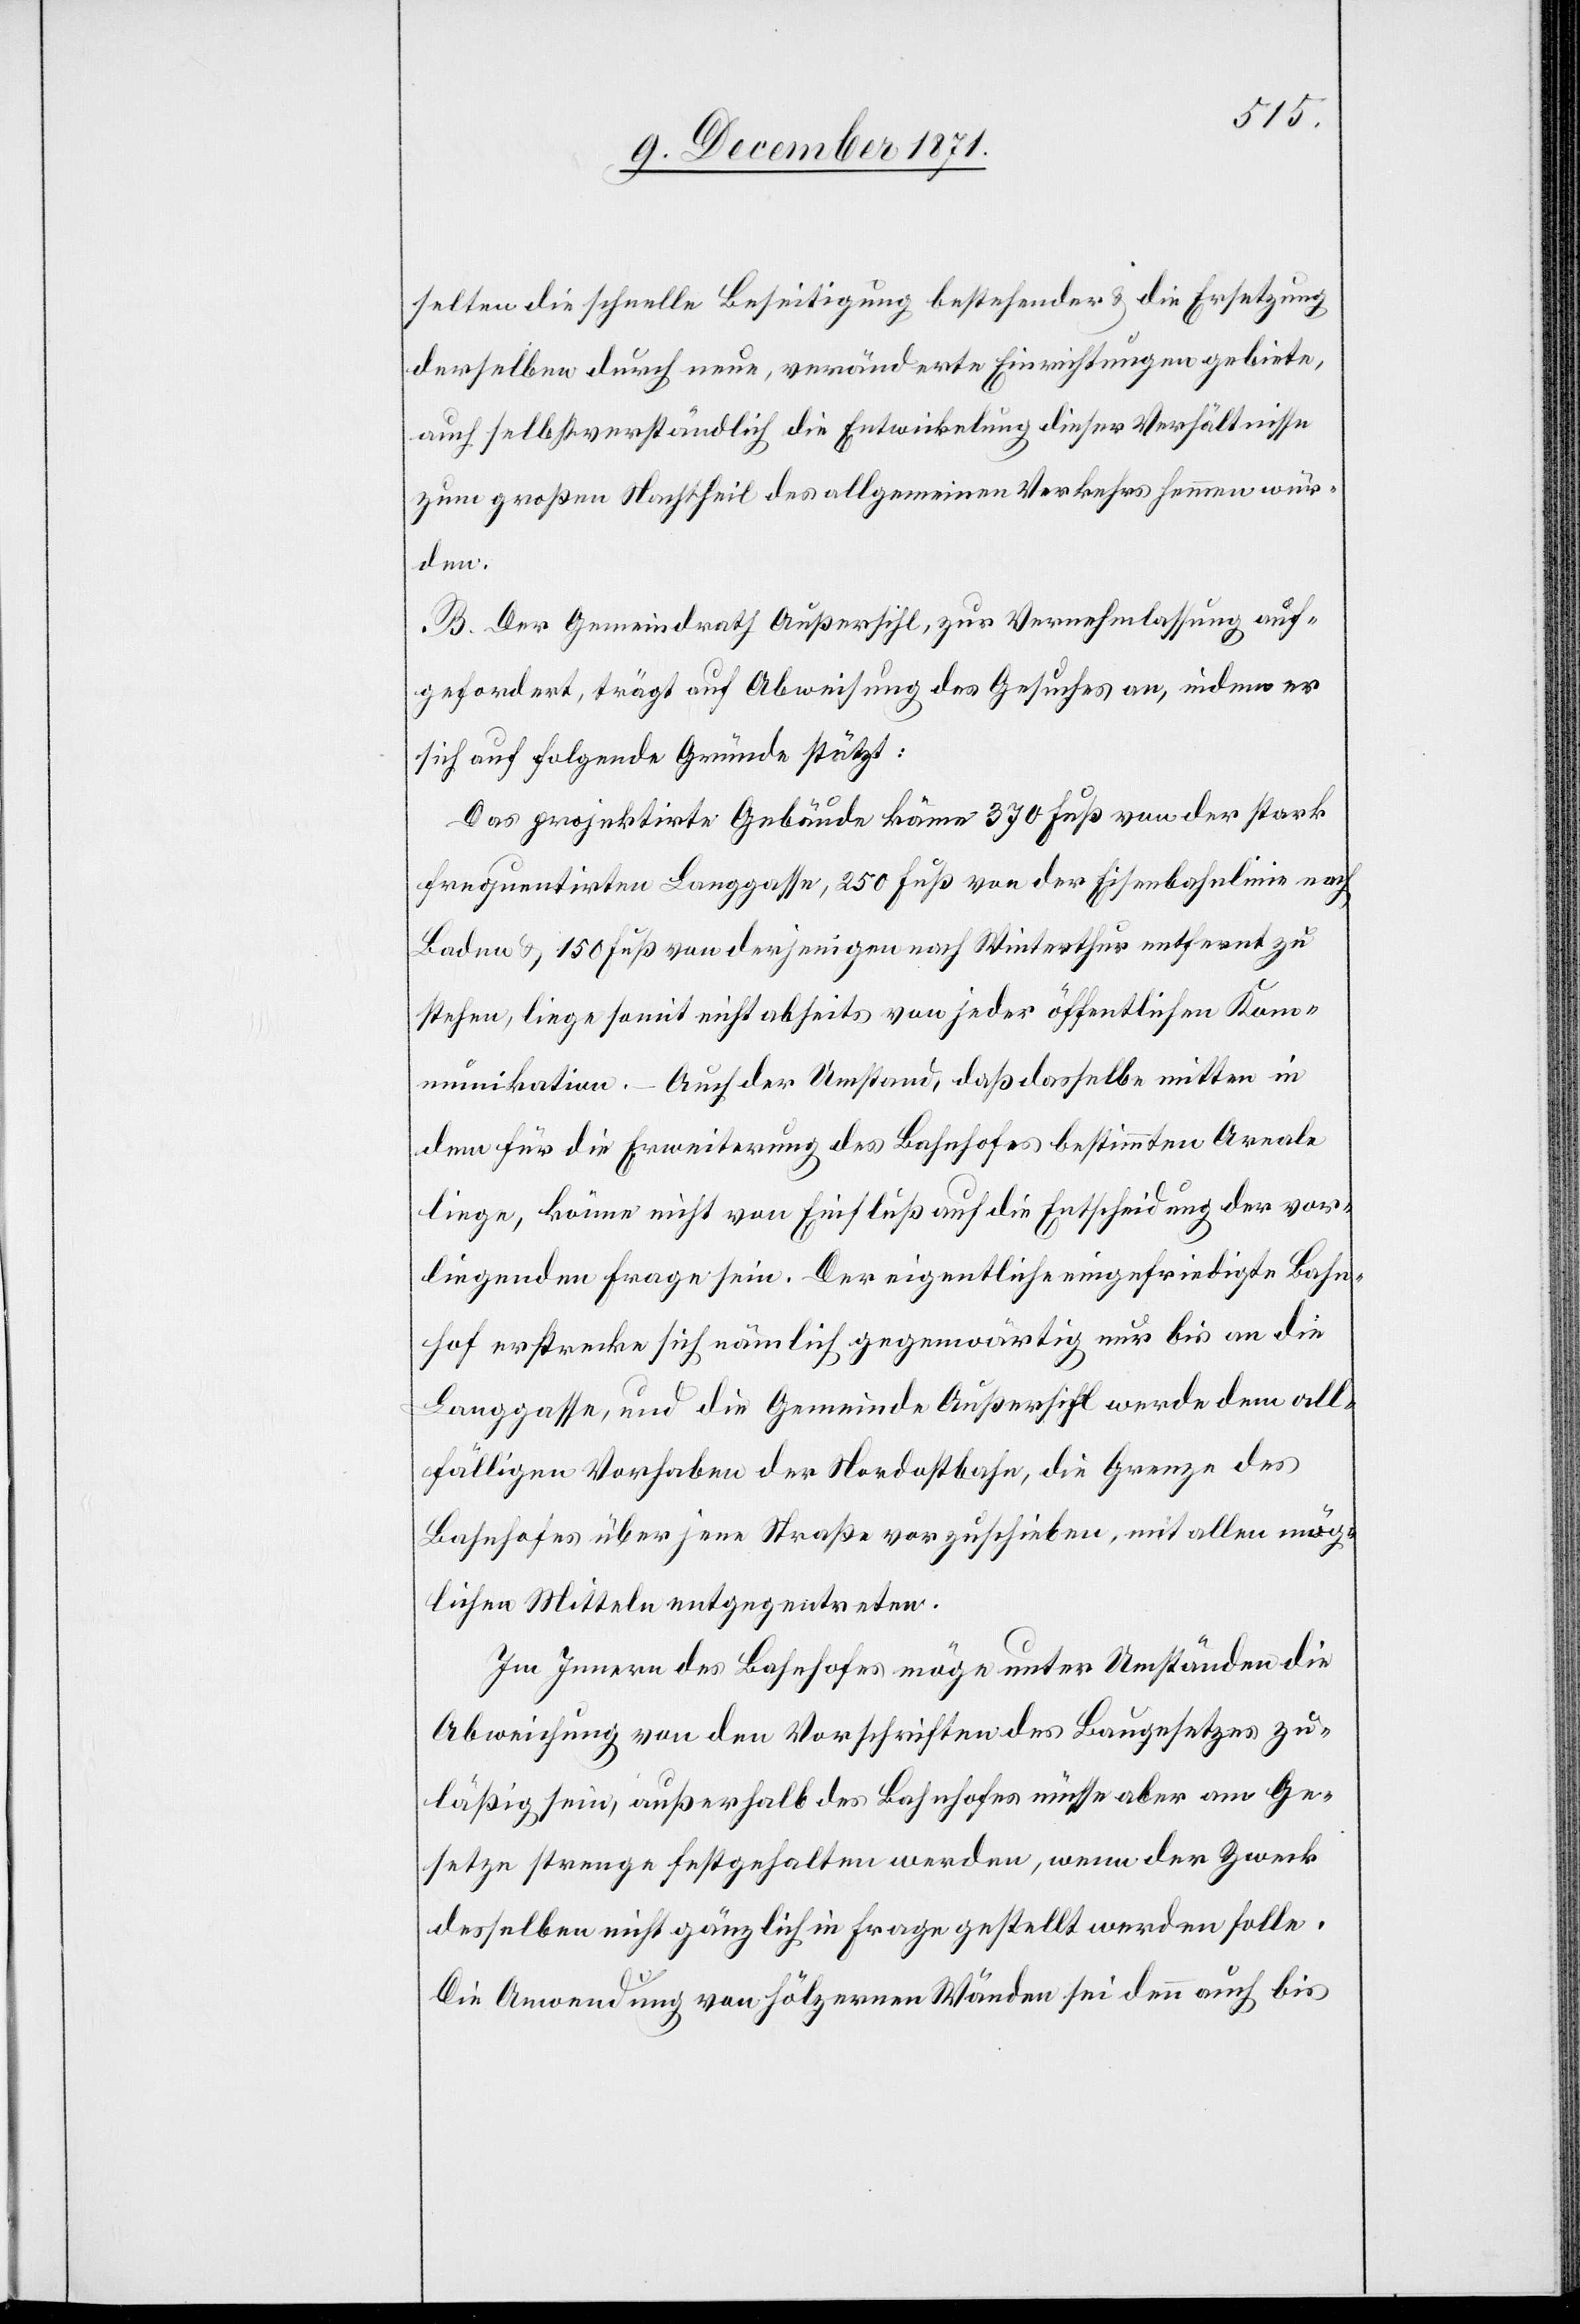
selten die schnelle Beseitigung bestehender & die Ersetzung
derselben durch neue, veränderte Einrichtungen gebiete
auch selbstverständlich die Entwickelung dieser Verhältnisse
zum großen Nachtheil des allgemeinen Verkehrs hemmen wür¬
den.
B. Der Gemeindrath Außersihl, zur Vernehmlassung auf¬
gefordert, trägt auf Abweisung des Gesuches an, indem er
sich auf folgende Gründe stützt:
Das projektirte Gebäude käme 370 Fuß von der stark
frequentirten Langgasse, 250 Fuß von der Eisenbahnlinie nach
Baden & 150 Fuß von derjenigen nach Winterthur entfernt zu
stehen, liege somit nicht abseits von jeder öffentlichen Kom¬
munikation – Auch der Umstand, daß dasselbe mitten in
dem für die Erweiterung des Bahnhofes bestimmten Areal
liege, könne nicht von Einfluß auf die Entscheidung der vor¬
liegenden Frage sein. Der eigentliche eingefriedigte Bahn¬
hof erstrecke sich nämlich gegenwärtig nur bis an die
Langgasse, und die Gemeinde Außersihl werde dem all¬
fälligen Vorhaben der Nordostbahn, die Grenze des
Bahnhofes über jene Straße vorzuschieben, mit allen mög¬
lichen Mitteln entgegentreten.
Im Innern des Bahnhofes möge unter Umständen die
Abweichung von den Vorschriften des Baugesetzes zu¬
lässig sein, außerhalb des Bahnhofes müsse aber am Ge¬
setze strenge festgehalten werden, wenn der Zweck
desselben nicht gänzlich in Frage gestellt werden solle.
Die Anwendung von hölzernen Wänden sei denn auch bis